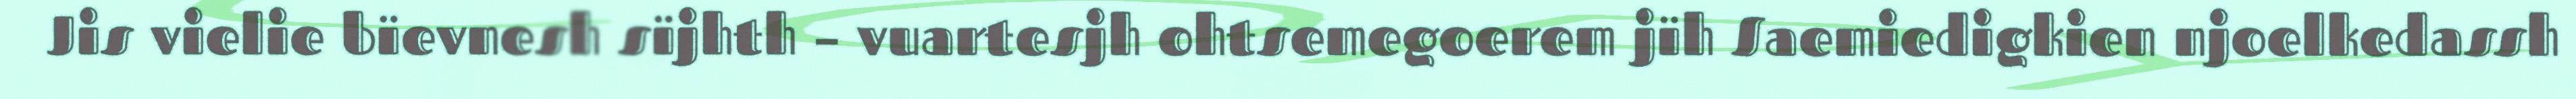
Jis vielie bïevnesh sïjhth – vuartesjh ohtsemegoerem jïh Saemiedigkien njoelkedassh